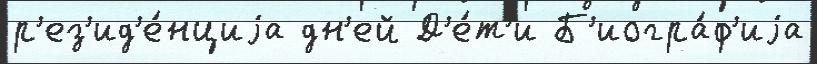
р'ез'ид'е́нциjа дн'ей Д'е́т'и Б'иогра́ф'иjа